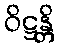
ဝိဋ္ဌန္တိ